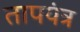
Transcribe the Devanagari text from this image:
तापयंत्र